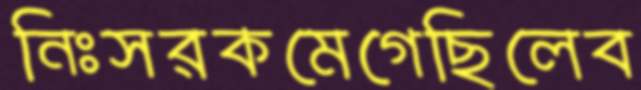
নিঃসরকমেগেছিলেব